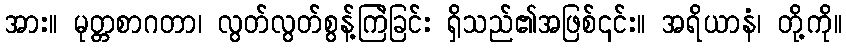
အား။ မုတ္တစာဂတာ၊ လွတ်လွတ်စွန့်ကြဲခြင်း ရှိသည်၏အဖြစ်၎င်း။ အရိယာနံ၊ တို့ကို။